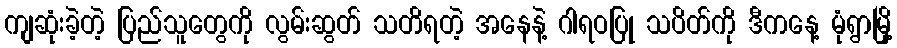
ကျဆုံးခဲ့တဲ့ ပြည်သူတွေကို လွမ်းဆွတ် သတိရတဲ့ အနေနဲ့ ဂါရဝပြု သပိတ်ကို ဒီကနေ့ မုံရွာမြို့